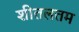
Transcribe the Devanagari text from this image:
शीतलतम